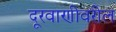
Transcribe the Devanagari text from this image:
दूरवाणीवरील